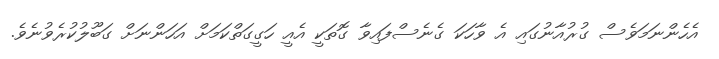
އެހެންނަމަވެސް ގުރުއާނުގައި އެ ވާހަކަ ގެނެސްފައިވާ ގޮތަކީ އެއީ ހަގީގަތްކަމަށް އަހަންނަށް ގަބޫލުކުރެވުނެވެ.